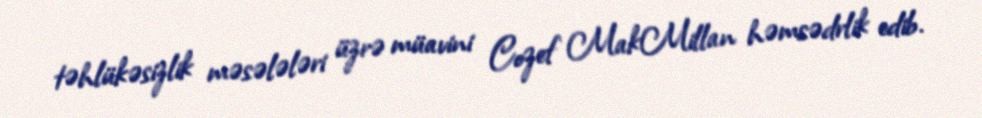
təhlükəsizlik məsələləri üzrə müavini Cozef MakMillan həmsədrlik edib.